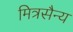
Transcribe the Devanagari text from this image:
मित्रसैन्य